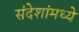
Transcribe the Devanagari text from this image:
संदेशांमध्ये